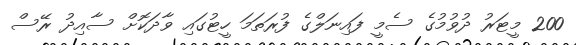
200 މީޓަރު ދުވުމުގެ ސެމީ ފައިނަލްގެ ފުރަތަމަ ހީޓުގައި ވާދަކޮށް ސާއިދު ރޭސް